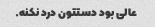
عالی بود دستتون درد نکنه.